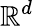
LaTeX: \mathbb{R}^{d}